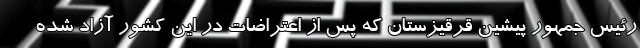
رئیس جمهور پیشین قرقیزستان که پس از اعتراضات در این کشور آزاد شده